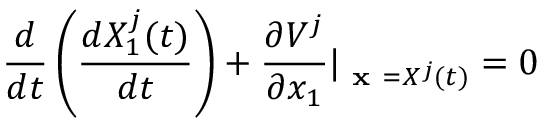
\frac { d } { d t } \left( \frac { d X _ { 1 } ^ { j } ( t ) } { d t } \right) + \frac { \partial V ^ { j } } { \partial x _ { 1 } } \vert _ { \textbf { x } = X ^ { j } ( t ) } = 0